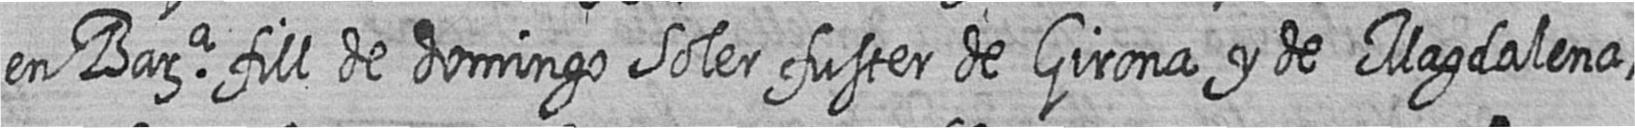
en Bara fill de domingo Soler fuster de Girona y de Magdalena